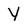
Character: y